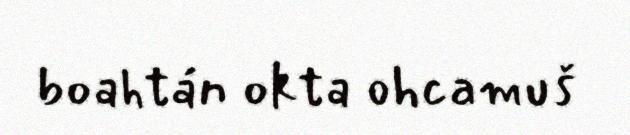
boahtán okta ohcamuš